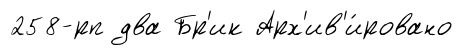
258-рп два Бр'ик Арх'ив'и́ровано